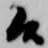
候